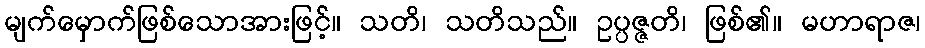
မျက်မှောက်ဖြစ်သောအားဖြင့်။ သတိ၊ သတိသည်။ ဥပ္ပဇ္ဇတိ၊ ဖြစ်၏။ မဟာရာဇ၊